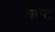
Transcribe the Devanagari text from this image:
मश्य